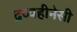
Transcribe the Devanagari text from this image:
द्रव्यहीनेसी